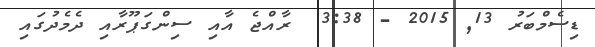
ޑިސެމްބަރު 13